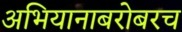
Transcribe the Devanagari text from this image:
अभियानाबरोबरच